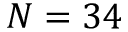
N = 3 4